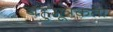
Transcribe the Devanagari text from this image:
बहुमूत्रकता